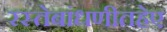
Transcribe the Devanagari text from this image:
रस्तेबांधणीतहेए